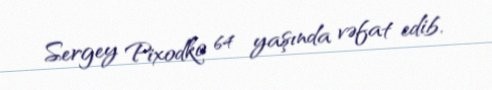
Sergey Pixodko 64 yaşında vəfat edib.